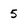
Character: 5